Indian journal of veterinary science and animal husbandry - Volume 2,
Year: 1932
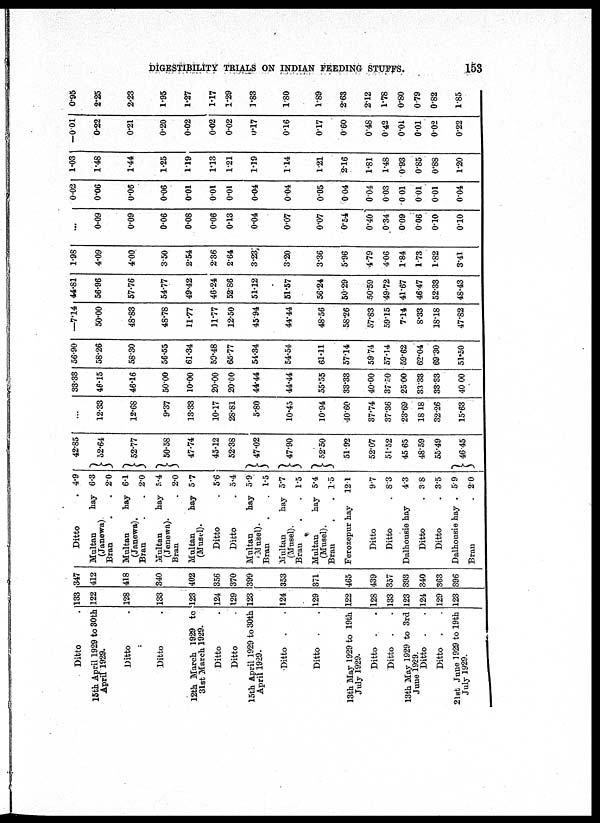
DIGESTIBILITY TRIALS ON INDIAN FEEDING STUFFS.
153
Ditto .
15th April 1929 to 30th
April 1929.
Ditto .
Ditto .
12th March 1929 to
31st March 1929.
Ditto .
Ditto .
15th April 1929 to 30th
April 1929.
Ditto . .
Ditto . .
13th May 1929 to 19th
July 1929.
Ditto . .
Ditto . .
13th May 1929 to 3rd
June 1929.
Ditto . .
Ditto . .
21st June 1929 to 19th
July 1929.
133
122
128
133
123
124
129
123
124
129
122
128
133
123
124
129
123
347
412
418
340
402
356
370
399
353
371
465
439
357
393
340
363
396
Ditto .
Multan
hay
(Janewa)
Bran . .
Multan
hay
(Janewa).
Bran . .
Multan
hay
(Jenewa).
Bran .
Multan
hay
(Musel).
Ditto .
Ditto .
Multan
hay
Musel).
Bran . .
Multan
hay
(Musel).
Bran . .
Multan
hay
(Musel).
Bran . .
Ferozepur hay
Ditto
Ditto .
Dalhousie hay
Ditto .
Ditto .
Dalhousie hay .
Bran .
4.9
6.3
2.0 6.1
2.0
5.4
2.0
5.7
5.6
5.4
5.9
1.5
5.7
1.5 5.4
1.5
12.1
9.7
8.3
4.3
3.8
3.5
5.9
2.0
42.85
} 52.64
} 52.77
} 50.58
47.74
45.12
52.38
} 47.02
} 47.90
} 52.50
51.92
52.07
51.52
45.65
48.59
55.49
} 46.45
...
12.33
12.68
9.37
13.33
10.17
28.81
5.80
10.45
10.94
40.60
37.74
37.36
23.69
18.18
32.26
15.63
33.33
46.15
46.16
50.00
10.00
20.00
20.00
44.44
44.44
55.55
33.33
40.00
37.50
25.00
33.33
33.33
40.00
56.90
58.26
58.30
56.55
61.34
59.48
65.77
54.34
54.54
61.11
57.14
59.74
57.14
59.62
62.04
69.30
51.50
—7.14
50.00
48.83
48.78
11.77
11.77
12.50
45.94
44.44
48.56
58.26
57.83
59.15
7.14
8.33
18.18
47.82
44.81
56.96
57.76
54.77
49.42
46.24
52.86
51.12
51.57
56.24
50.29
50.59
49.72
41.67
46.47
52.33
48.43
1.98
4.09
4.00
3.50
2.54
2.36
2.64
3.23
3.20
3.36
5.96
4.79
4.06
1.84
1.73
1.82
3.41
...
0.09
0.09
0.06
0.08
0.06
0.13
0.04
0.07
0.07
0.54
0.40
0.34
0.09
0.06
0.10
0.10
0.02
0.06
0.06
0.06
0.01
0.01
0.01
0.04
0.04
0.05
0.04
0.04
0.03
0.01
0.01
0.01
0.04
1.03
1.48
1.44
1.25
1.19
1.13
1.21
1.19
1.14
1.21
2.16
1.81
1.48
0.93
0.85
0.88
1.20
—0.01
0.22
0.21
0.20
0.02
0.02
0.02
0.17
0.16
0.17
0.60
0.48
0.42
0.01
0.01
0.02
0.22
0.95
2.25
2.23
1.95
1.27
1.17
1.29
1.83
1.80
1.89
2.63
2.12
1.78
0.80
0.79
0.82
1.85